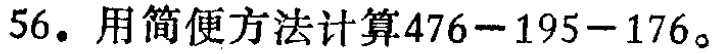
56. 用简便方法计算\(476 - 195 - 176\)。